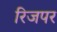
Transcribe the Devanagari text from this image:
रिजपर